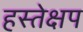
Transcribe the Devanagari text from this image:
हस्तेक्षप